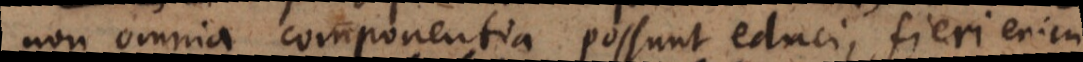
non omnia componentia possunt educi, fieri enim